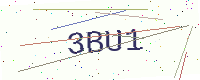
Text: 3BU1